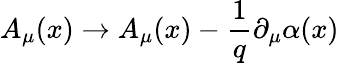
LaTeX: A_{\mu}(x)\rightarrow A_{\mu}(x)-\frac{1}{q}\partial_{\mu}\alpha(x)